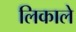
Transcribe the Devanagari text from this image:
लिकाले